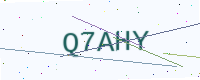
Text: Q7AHY